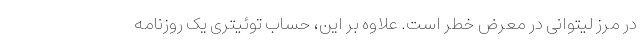
در مرز لیتوانی در معرض خطر است. علاوه بر این، حساب توئیتری یک روزنامه